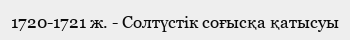
1720-1721 ж. - Солтүстік соғысқа қатысуы